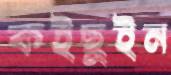
কইছুইন